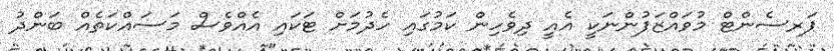
ޕަރސެންޓް މުވައްޒަފުންނަކީ އެއީ ދިވެހިން ކަމުގައި ހެދުމަށް ޓަކައި އެއްވެސް މަސައްކަތެއް ބަންދު